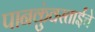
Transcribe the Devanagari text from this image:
पानकुंवरताईंचे